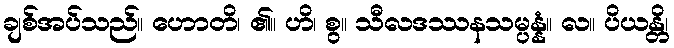
ချစ်အပ်သည်။ ဟောတိ၊ ၏။ ဟိ၊ စွ။ သီလဒဿနသမ္ပန္နံ။ လ။ ပိယန္တိ၊